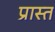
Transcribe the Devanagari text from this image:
प्रास्त